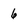
Character: 6